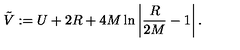
\tilde { V } : = U + 2 R + 4 M \ln \left| \frac { R } { 2 M } - 1 \right| .